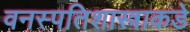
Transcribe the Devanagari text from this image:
वनस्पतिशास्त्राकडे